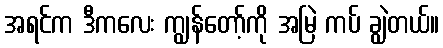
အရင်က ဒီကလေး ကျွန်တော့်ကို အမြဲ ကပ် ချွဲတယ်။